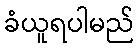
ခံယူရပါမည်